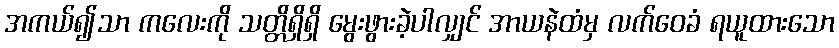
အကယ်၍သာ ကလေးကို သတ္တိရှိရှိ မွေးဖွားခဲ့ပါလျှင် အာယနဲထံမှ လက်ဝေခံ ရယူထားသော